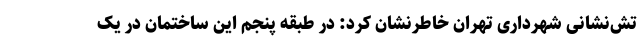
تش‌نشانی شهرداری تهران خاطرنشان کرد: در طبقه پنجم این ساختمان در یک